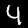
Digit: 4